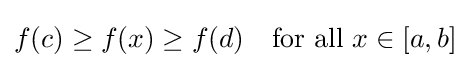
f(c)\geq f(x)\geq f(d)\quad {\text{for all }}x\in [a,b]